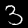
Digit: 3